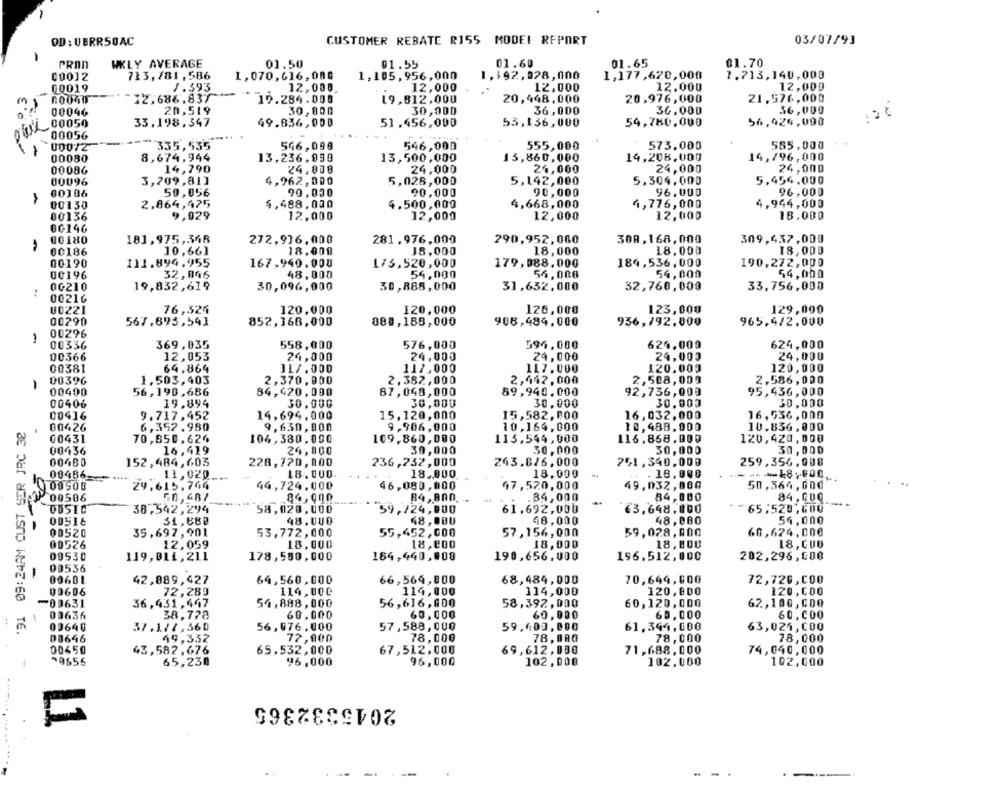
CUSTOMER REBATE R155 MODEL REPORT
03/07/93
OD : UBRRSOAC
PRON
WKLY AVERAGE
01.55
01.60
01.65
01.70
01.50
00012
713, 781, 586
1,070,616,000
1,105,956,000
1,192,928,000
1,177,620,000
1.713,140,000
00019
1.393
12,000
12,000
12.000
12,000
12,000
12.686.837
19.284.000
19,812.000
20,448,000
20,976,000
21.576,000
00046
20,519
30,000
30,000
36,000
36,000
36,000
.00050
33.198,347
49.836,000
51.456,000
53,136,000
54,780,000
56,424,000
00056
335,535
546,099
546,000
555,000
573,000
585,000
00080
8,674,944
13,236,030
13,500,000
13,860,000
14,208,000
14,796, 000
00086
14,790
24,000
24.000
24,000
24,000
24,000
00096
3,209,81]
4,962,000
5,028,000
5,142,000
5,304.000
5,454,000
00106
50,056
90,030
90,000
90,000
96.000
96,000
00130
2,864,425
$,488,000
4.500,000
4,668,000
4,776,000
4.944,000
9,029
12,000
18.000
00136
12,000
12,000
12,000
00146
00180
181,975,348
272,936,000
281.976,000
290,952,060
308,168,000
309,437,000
00186
10,661
18.000
18,000
18,000
18,000
18,000
00190
111.894.955
167.940.000
173,520,000
179.088.000
184,536, 000
190,272,000
00196
32,046
48,000
54,000
54,000
54,000
54,000
OG210
19,832,619
30,888,000
31,632,000
33,756,000
30,096,000
32,760,000
00216
129,000
U0221
76,324
120.000
120,000
128,000
123,000
00290
567.693,541
852,366,000
888,185,000
908,484,000
936,792.000
965,4/2.000
00296
00336
369,035
558,000
576,000
594,000
624,009
624,000
00366
12,053
24,000
24,000
24,000
24,000
24,000
00381
64,864
317.000
117,000
117.000
1.20.001
120,000
00396
1.503,403
2,370.000
2.382, 000
2,442,000
2,508,009
2,586,000
-
00400
56,190,686
84,420,000
87,048,000
59,940.000
92,736,000
95,436,000
00406
19.894
30,000
30,000
30.000
30.000
30,000
00416
9.717.452
14,694.000
15,120,000
15,582,000
16, 032, 000
16,536 , 000
'31 09:24AM CUST SER JRC 36
00426
6,352.980
9,630,000
9,906,000
10,164, 000
10,488,000
10,836,000
00431
70,850,626
106,380,000
169,860,000
113,544,000
116,868, 000
120,420,000
00436
16,419
24,000
30,000
30,000
30,000
30,000
00480
152,484,603
228,720, 000
236,732,000
243.816,000
251,340,009
259,356,000
11,020
18.000.
18.000
18.000
18,000
00486 __
00500
29.615.744
44,724.000
46,080,000
47,520,000
49,032,800
50,364,000
P 00506
50,487
86.900
84,BA0.
.34,000
84,000
84,000
DOSIC
38,542,294
58,020,000
59,724,000
61.692,000
€3,648.000
65,525,600
00516
31,680
48.UU0
48,000
48,000
48,000
54,000
00520
35,697, 901
53,772,000
55,452,000
57,156,000
59,028,000
60,624,000
00526
12,059
18,000
18,200
18,000
18,800
18,CU6
00530
119,011, 211
178, 589, 000
184,440,000
190,656,000
196.512,000
202,296,000
09536
-
00601
42,889,427
64,560,000
66,569,800
68,484,000
70,649,000
72,720,000
00606
72,289
114,000
114,000
114,000
120,000
120,000
60,120,000
00631
36.431,447
54,888, 000
56,616, 600
58,392, 000
62,100, 000
00636
38,778
60,000
60,000
60,000
60,000
60,000
56,076,000
57,588,000
59,600,000
00640
37.177,360
61,394,000
63,024, COO
08646
49,332
72,000
78,000
78,000
78,000
78,000
00450
65,532,000
67,512,000
69,612,000
71,688, 000
74,040,000
43,582,676
^9655
65,230
96,000
96,000
102,000
102,000
102,000
2045332365